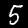
Digit: 5